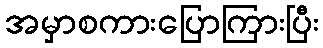
အမှာစကားပြောကြားပြီး